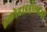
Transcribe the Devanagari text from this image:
इकोहाइड्रोलोजी